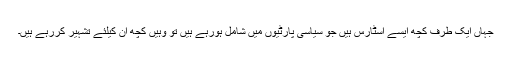
جہاں ایک طرف کچھ ایسے اسٹارس ہیں جو سیاسی پارٹیوں میں شامل ہورہے ہیں تو وہیں کچھ ان کیلئے تشہیر کررہے ہیں۔